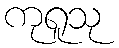
ကုရူသု